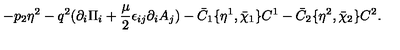
- p _ { 2 } \eta ^ { 2 } - q ^ { 2 } ( \partial _ { i } \Pi _ { i } + { \frac { \mu } { 2 } } \epsilon _ { i j } \partial _ { i } A _ { j } ) - \bar { C } _ { 1 } \{ \eta ^ { 1 } , \bar { \chi } _ { 1 } \} C ^ { 1 } - \bar { C } _ { 2 } \{ \eta ^ { 2 } , \bar { \chi } _ { 2 } \} C ^ { 2 } .